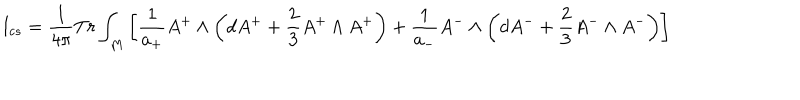
LaTeX: I _ { c s } = \frac { 1 } { 4 \pi } T r \int _ { M } \left[ \frac { 1 } { a _ { + } } A ^ { + } \wedge \left( d A ^ { + } + \frac { 2 } { 3 } A ^ { + } \wedge A ^ { + } \right) + \frac { 1 } { a _ { - } } A ^ { - } \wedge \left( d A ^ { - } + \frac { 2 } { 3 } A ^ { - } \wedge A ^ { - } \right) \right]